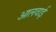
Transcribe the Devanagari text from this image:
आलवाई